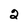
Character: 2